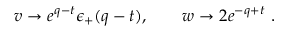
v \to e ^ { q - t } \epsilon _ { + } ( q - t ) , \qquad w \to 2 e ^ { - q + t } \ .